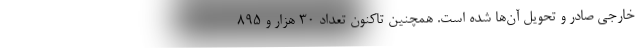
خارجی صادر و تحویل آن‌ها شده است. همچنین تاکنون تعداد ۳۰ هزار و ۸۹۵